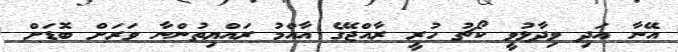
އޭނާ އަދި ވިދާޅުވީ ކޯޗު ހުރީ ރާއްޖޭގެ އާއްމު ރައްޔިތުންނާ ވަރަށް ބޮޑަށް